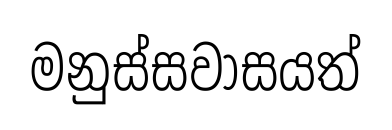
මනුස්සවාසයත්